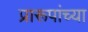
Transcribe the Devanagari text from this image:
प्रारूपांच्या